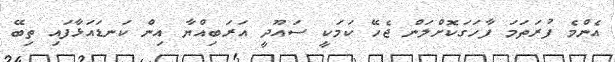
އެންމެ ފުރަތަމަ ފާހަގަކޮށްލަން ޖެހޭ ކަމަކީ ސައޫދީ އަރަބިއްޔާ އިން ކަނޑައަޅާފައި ތިބޭ